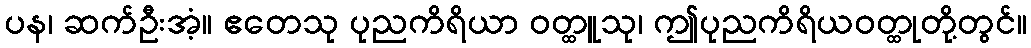
ပန၊ ဆက်ဦးအံ့။ ဧတေသု ပုညကိရိယာ ဝတ္ထူသု၊ ဤပုညကိရိယဝတ္ထုတို့တွင်။